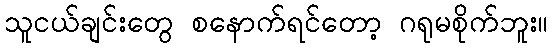
သူငယ်ချင်းတွေ စနောက်ရင်တော့ ဂရုမစိုက်ဘူး။